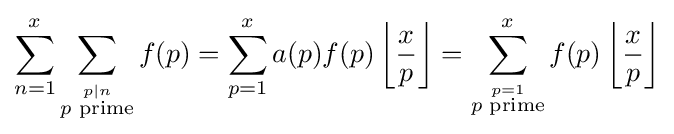
\sum _{n=1}^{x}\sum _{\stackrel {p\mid n}{p{\text{ prime}}}}f(p)=\sum _{p=1}^{x}a(p)f(p)\left\lfloor {\frac {x}{p}}\right\rfloor =\sum _{\stackrel {p=1}{p{\text{ prime}}}}^{x}f(p)\left\lfloor {\frac {x}{p}}\right\rfloor